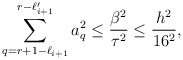
\begin{align*}\sum_{q=r+1-\ell_{i+1}}^{r-\ell_{i+1}'}a_q^2\leq \frac{\beta^2}{\tau^2}\leq \frac{h^2}{16^2},\end{align*}